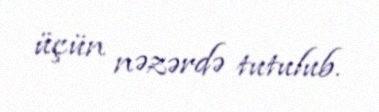
üçün nəzərdə tutulub.